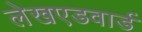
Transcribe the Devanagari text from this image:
लेखएडवार्ड